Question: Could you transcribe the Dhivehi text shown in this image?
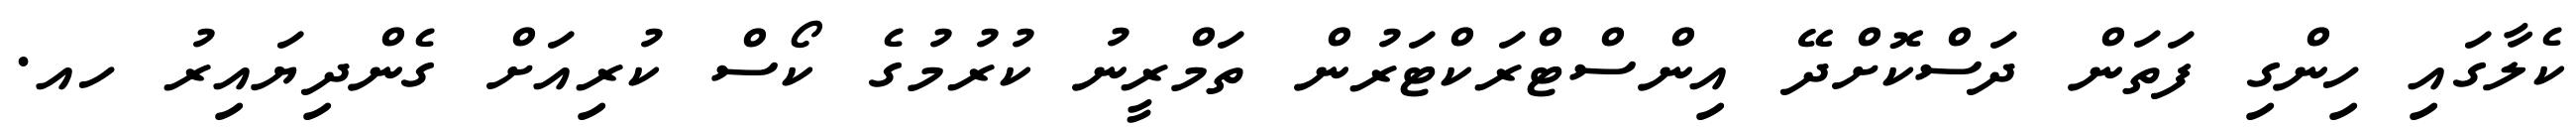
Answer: ކެލާގައި ހިންގި ފަތަން ދަސްކޮށްދޭ އިންސްޓްރަކްޓަރުން ތަމްރީނު ކުރުމުގެ ކޯސް ކުރިއަށް ގެންދިޔައިރު ހއ.